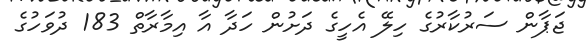
ޖަޕާން ސަރުކާރުގެ ހިލޭ އެހީގެ ދަށުން ހަދާ އާ އިމާރާތް 183 ދުވަހުގެ